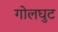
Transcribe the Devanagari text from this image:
गोलघुट